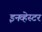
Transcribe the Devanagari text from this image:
इनव्हेस्टर